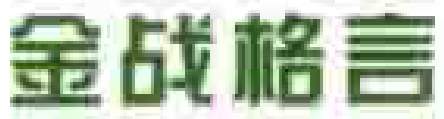
金战格言